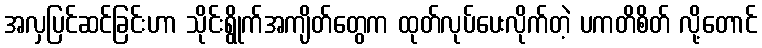
အလှပြင်ဆင်ခြင်းဟာ သိုင်းရွိုက်အကျိတ်တွေက ထုတ်လုပ်ပေးလိုက်တဲ့ ပကတိစိတ် လို့တောင်